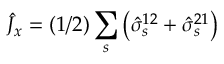
\hat { J } _ { x } = ( 1 / 2 ) \sum _ { s } \left( \hat { \sigma } _ { s } ^ { 1 2 } + \hat { \sigma } _ { s } ^ { 2 1 } \right)